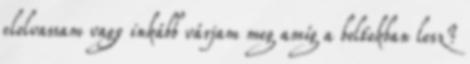
elolvassam vagy inkább várjam meg amíg a boltokban lesz?